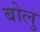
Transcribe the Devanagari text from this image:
बोलु